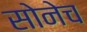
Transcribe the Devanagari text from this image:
सोनेच